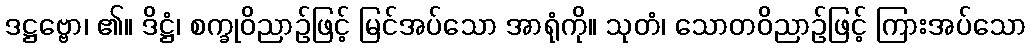
ဒဋ္ဌဗ္ဗော၊ ၏။ ဒိဋ္ဌံ၊ စက္ခုဝိညာဉ်ဖြင့် မြင်အပ်သော အာရုံကို။ သုတံ၊ သောတဝိညာဉ်ဖြင့် ကြားအပ်သော